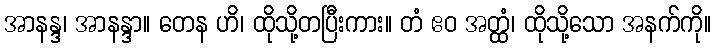
အာနန္ဒ၊ အာနန္ဒာ။ တေန ဟိ၊ ထိုသို့တပြီးကား။ တံ ဧဝ အတ္ထံ၊ ထိုသို့သော အနက်ကို။